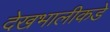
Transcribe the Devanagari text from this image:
देखभालीकडे